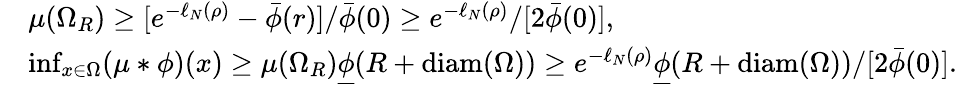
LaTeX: \begin{array}{rl}&{\mu(\Omega_{R})\geq[e^{-\ell_{N}(\rho)}-\bar{\phi}(r)]/\bar{\phi}(0)\geq e^{-\ell_{N}(\rho)}/[2\bar{\phi}(0)],}\\ &{\operatorname*{inf}_{x\in\Omega}(\mu*\phi)(x)\geq\mu(\Omega_{R})\underline{{\phi}}(R+\mathrm{diam}(\Omega))\geq e^{-\ell_{N}(\rho)}\underline{{\phi}}(R+\mathrm{diam}(\Omega))/[2\bar{\phi}(0)].}\end{array}